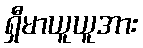
ရှီမာယူယူအား